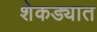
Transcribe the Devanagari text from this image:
शेकड्यात